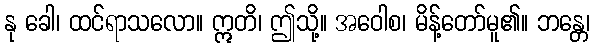
နု ခေါ၊ ထင်ရာသလော။ ဣတိ၊ ဤသို့။ အဝေါစ၊ မိန့်တော်မူ၏။ ဘန္တေ၊